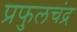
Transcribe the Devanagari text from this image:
प्रफुलचंद्र